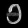
Digit: ၅